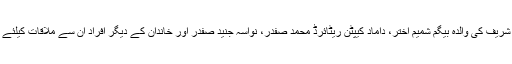
نواز شریف کی والدہ بیگم شمیم اختر، داماد کیپٹن ریٹائرڈ محمد صفدر، نواسہ جنید صفدر اور خاندان کے دیگر افراد ان سے ملاقات کیلئے آئے۔